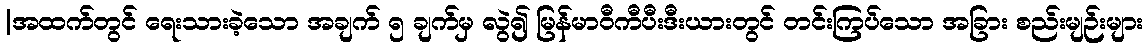
|အထက်တွင် ရေးသားခဲ့သော အချက် ၅ ချက်မှ လွဲ၍ မြန်မာဝီကီပီးဒီးယားတွင် တင်းကြပ်သော အခြား စည်းမျဉ်းများ